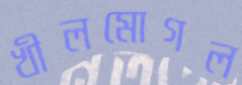
খীলমোগল